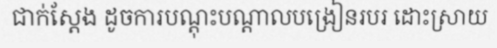
ជាក់ស្តែង ដូចការបណ្តុះបណ្តាលបង្រៀនរបរ ដោះស្រាយ